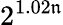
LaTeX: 2^{1.02\mathfrak{n}}